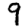
Digit: 9